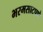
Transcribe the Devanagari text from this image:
भरमसाटपणे